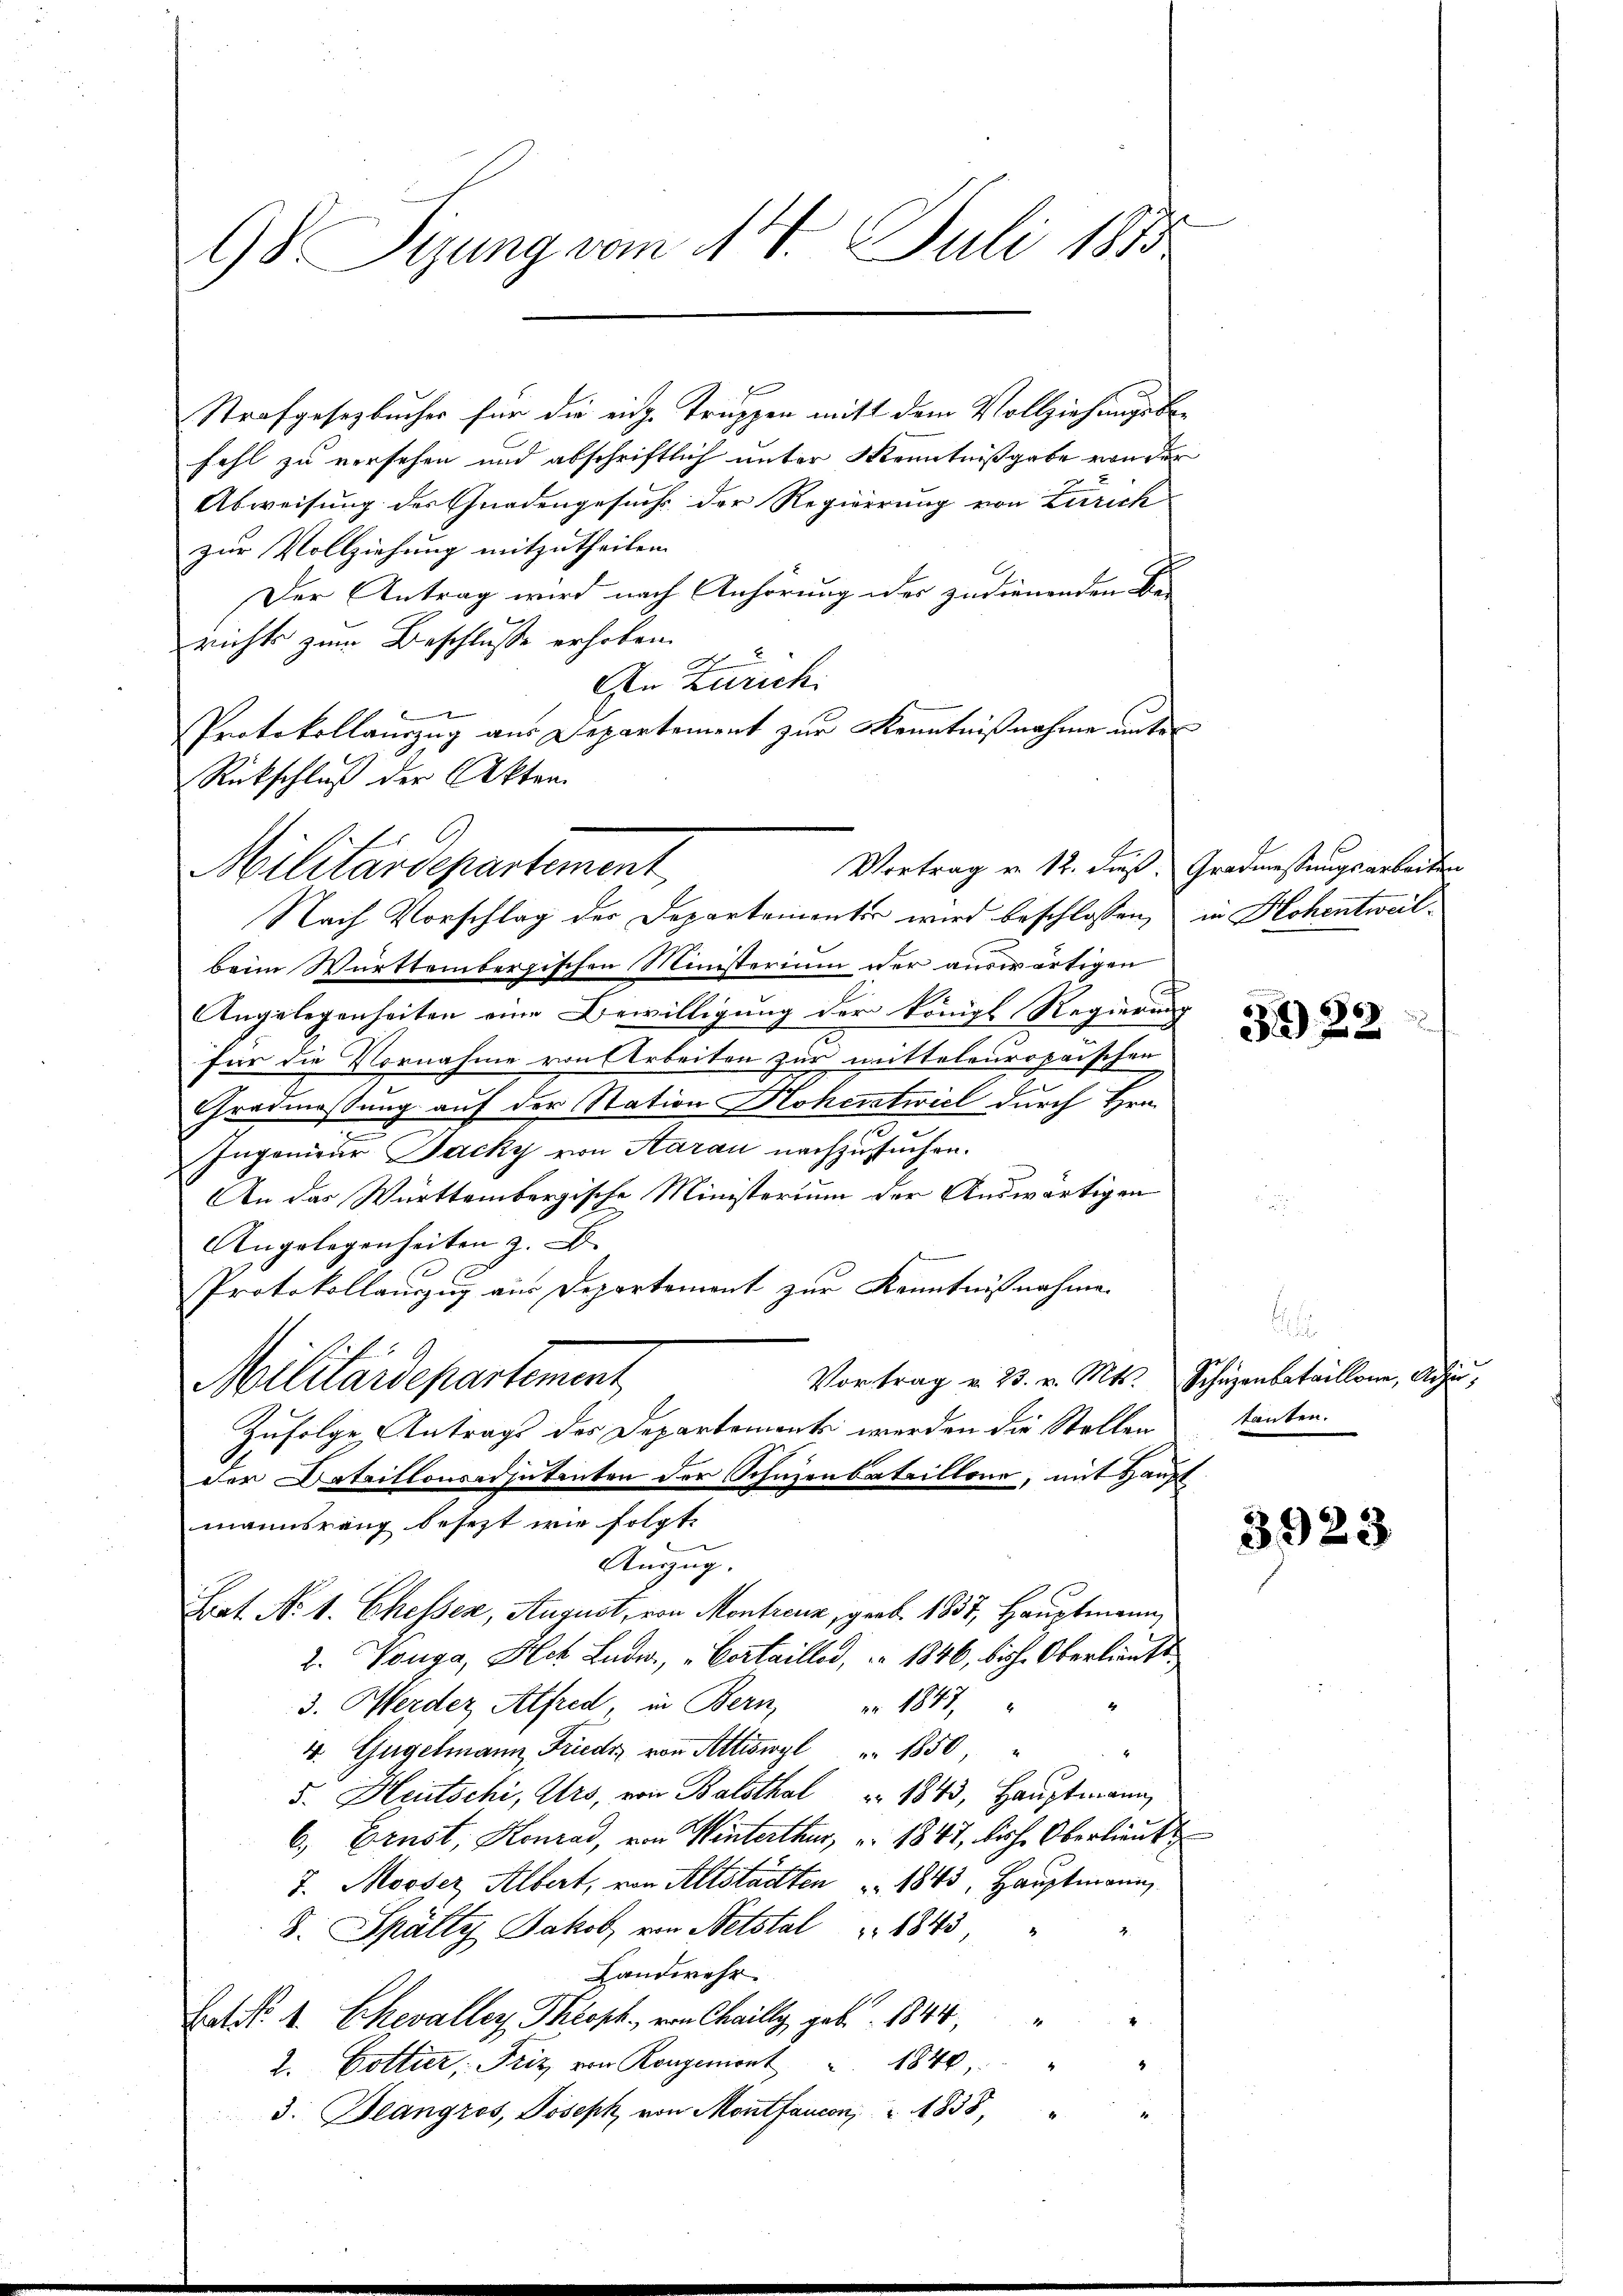
98 Sizung vom 14. Juli 1813

Strafgesetzbucher für die eidg. Truppen mitt dem Vollziehungsbefehl zu versehen und abschriftlich unter Kenntnißgabe von der
Abweisung des Gnadengesuch der Regierung von Zürich
zur Vollziehung mitzutheilen.
Der Antrag wird nach Anhörung oder zudienenden Be-
richts zum Beschlusse erhoben.
An Zürich
1
Protokollauszug aus Departement zur Kenntnißnahme unter
Rückschluß der Akten.

Militärdepartement

Nach Vorschlag der Departementes wird beschlossen, in Hohentweilbeim Württembergischen Ministerium der auswärtigen
Angelegenheiten eine Bewilligung der königl Regierung
für die Vornahme von Arbeiten zur mitteleuropaischen
Gradmossung auf der Station Hoherstwiel durch Hrn.
Ingenieur Jacky von Aarau nachzusuchen.
An das Württembergische Ministerium der Auswärtigen
Angelegenheiten z. B.
Protokollauszug aus Departement zur Kenntnißnahme.
Vortrag v. 23. v. Mts. Schüzenbataillone, Achir
Militärdepartement
Zufolge Antrags der Departements werden die Stellen
der Dataillonsadjutanten der Schuzenbataillone, mit Haupt
mannsrang besezt wie folgte
Auszug.
Prat. No. 1. Chesser, August, von Montreux, prob. 1837, Hauptmann,
2. Vonga, Hch. Ludw, "Certaillod, 1846, bish. Oberlieutt
3. Werder Alfred, in Bern, nr 1847,
4. Gugelmann Friedr von Altiswyl 1850,
5. Heutschi, Urs, von Balsthal 1843, Hauptmann,
6., Ernst, Konrad, von Winterthur, u. 1847 bische Oberlieut
7. Mooser Albert, von Altstädten " 1843, Hauptmann
4.
J. Spältes Jakob, von Netstal " 1843,
Landwehr.
4
Batr. A. Chevaller Theoph. von Chailly, geb. 1844,
1840
2. Gottier, Friz von Rongemont
3. Beangros, Joseph von Montfaucon " 1838, "

Vortrag von 12. Fuß. Gradmessungsarbeiten

3022

. 2

tanten.

3923